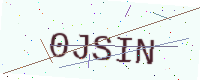
Text: 0JSIN